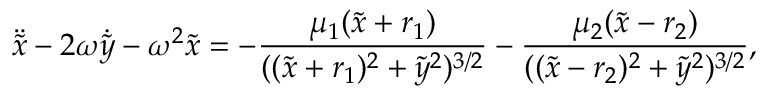
\ddot { \tilde { x } } - 2 \omega \dot { \tilde { y } } - \omega ^ { 2 } \tilde { x } = - \frac { \mu _ { 1 } ( \tilde { x } + r _ { 1 } ) } { ( ( \tilde { x } + r _ { 1 } ) ^ { 2 } + { \tilde { y } } ^ { 2 } ) ^ { 3 / 2 } } - \frac { \mu _ { 2 } ( \tilde { x } - r _ { 2 } ) } { ( ( \tilde { x } - r _ { 2 } ) ^ { 2 } + { \tilde { y } } ^ { 2 } ) ^ { 3 / 2 } } ,